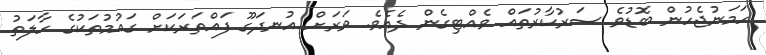
ހަމަނުޖެހުން ބޮޑުވެ ސަރުކާރުތައް ވެއްޓިގެން ދެއެވެ. ވަރަށް އުނދަގޫ ފައްތަރަކަށް ގައުމުތަކުގެ ހާލަތު